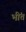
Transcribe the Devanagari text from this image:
भींत